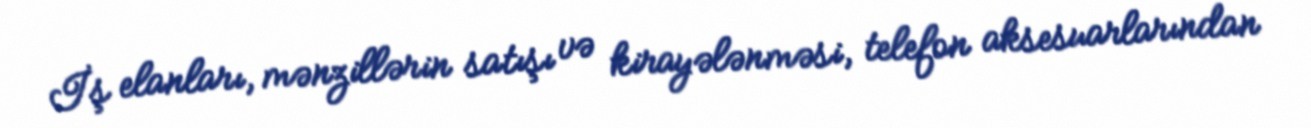
İş elanları, mənzillərin satışı və kirayələnməsi, telefon aksesuarlarından